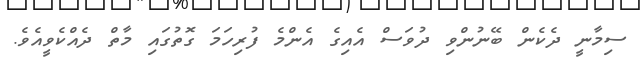
ސިމާނީ ދެކެން ބޭނުންވި ދުވަސް އެއިގެ އެންމެ ފުރިހަމަ ގޮތުގައި މާތް ދެއްކެވީއެވެ.